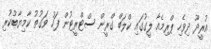
އުރީދޫ ދިވެހި ޕްރިމެއާ ލީގުގައި ކްލަބް ގްރީން ސްޓްރީޓުން ފަހު ވަގުތު ކާމިޔާބުކުރި